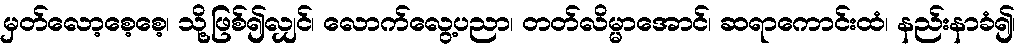
မှတ်လော့စေ့စေ့၊ သို့ဖြစ်၍လျှင်၊ လောက်လွေ့ပညာ၊ တတ်လိမ္မာအောင်၊ ဆရာကောင်းထံ၊ နည်းနာခံ၍၊